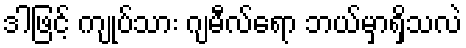
ဒါဖြင့် ကျုပ်သား ဂျမီလ်ရော ဘယ်မှာရှိသလဲ